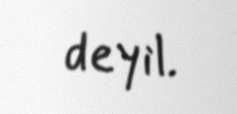
deyil.